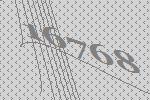
16768